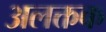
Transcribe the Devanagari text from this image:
अलक्तक